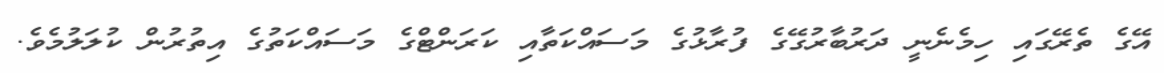
އޭގެ ތެރޭގައި ހިމެނެނީ ދަރުބާރުގޭގެ ފުރާޅުގެ މަސައްކަތާއި ކަރަންޓްގެ މަސައްކަތުގެ އިތުރުން ކުލަލުމެވެ.